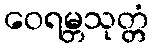
ဝေရမ္ဘသုတ္တံ